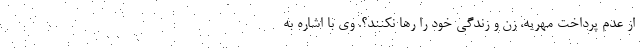
از عدم پرداخت مهریه، زن و زندگی خود را رها نکنند؟. وی با اشاره به